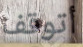
أتوقف